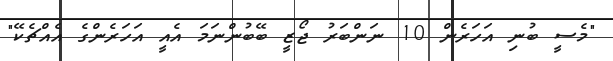
"މެސީ ބުނި އަހަރެން 10 ނަންބަރު ޖޯޒީ ބޭބުންނަމަ އެއީ އަހަރެންގެ އެއްޗެކޭ"